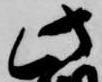
此